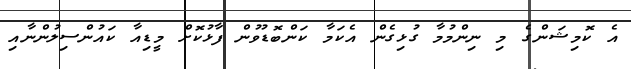
އެ ކޮމިޝަންގެ މި ނިންމުމާ ގުޅިގެން އެކަމާ ކަންބޮޑުވުން ފާޅުކޮށް މީޑިއާ ކައުންސިލުންނާއި